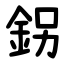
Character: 䤢